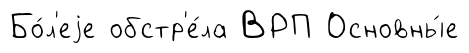
Бо́л'еjе обстр'е́ла ВРП Основны́е